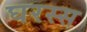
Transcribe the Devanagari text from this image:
घरस्स